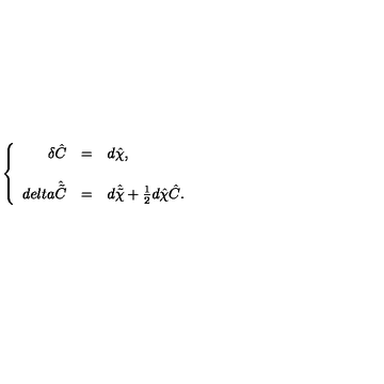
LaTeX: \left\{ \begin{array} { r c l } { \delta \hat { C } } & { = } & { d \hat { \chi } , } \\ { } & { } & { } \\ { d e l t a \hat { \tilde { C } } } & { = } & { d \hat { \tilde { \chi } } + \frac { 1 } { 2 } d \hat { \chi } \hat { C } . } \\ \end{array} \right.